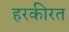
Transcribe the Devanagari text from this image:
हरकीरत